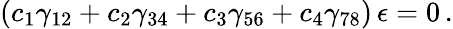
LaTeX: (c_{1}\gamma_{12}+c_{2}\gamma_{34}+c_{3}\gamma_{56}+c_{4}\gamma_{78})\, \epsilon=0\, .